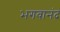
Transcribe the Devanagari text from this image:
भगवानंद